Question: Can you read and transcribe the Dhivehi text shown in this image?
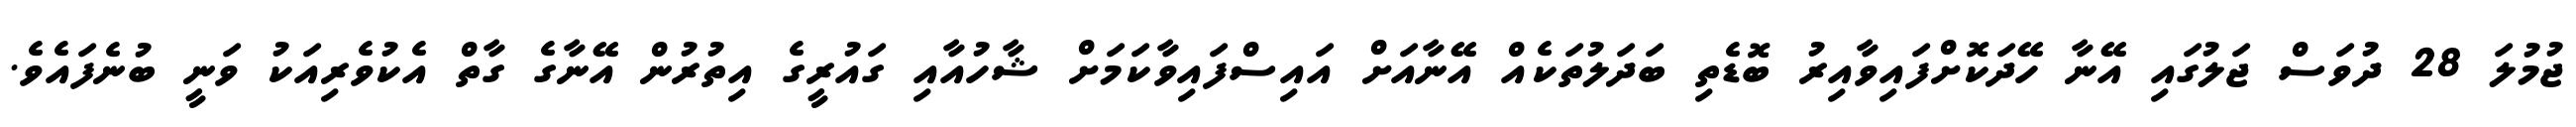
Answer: ޖުމުލަ 28 ދުވަސް ޖަލުގައި އޭނާ ހޭދަކޮށްފައިވާއިރު ބޮޑެތި ބަދަލުތަކެއް އޭނާއަށް އައިސްފައިވާކަމަށް ޝާހުއާއި ގައުރީގެ އިތުރުން އޭނާގެ ގާތް އެކުވެރިއަކު ވަނީ ބުނެފައެވެ.